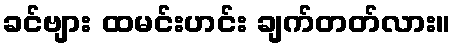
ခင်ဗျား ထမင်းဟင်း ချက်တတ်လား။